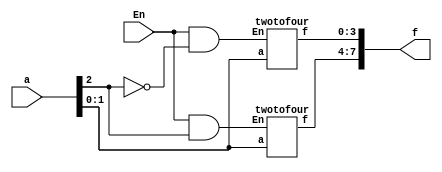
module threetoeight(a,En,f);
	input [2:0] a;
	input En;
	output [7:0] f;
	wire [1:0] E;
	assign E[0] = En & ~a[2];
	assign E[1] = En & a[2];
	twotofour stage0(a[1:0],E[0],f[3:0]);
	twotofour stage1(a[1:0],E[1],f[7:4]);
endmodule

module twotofour(a,En,f);	
	input [1:0] a;
	input En;
	output reg [3:0] f;
	always@(a,En)
	begin
		if(En == 1)
		begin
			if(a == 0)
			f = 4'd1;
			else if(a == 1)
			f = 4'd2;
			else if(a == 2)
			f = 4'd4;
			else if(a == 3)
			f = 4'd8;
		end	
		else
			f=4'd0;
	end
endmodule